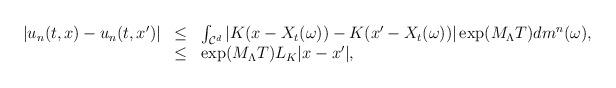
LaTeX: \begin{align*} \begin{array}{lll} |u_{n}(t,x) - u_{n}(t,x')| & \leq & \int_{\mathcal{C}^d} |K(x-X_t(\omega))-K(x'-X_t(\omega))| \exp(M_{\Lambda} T) dm^{n}(\omega), \\ & \leq & \exp(M_{\Lambda}T) L_K|x-x'|, \end{array}\end{align*}